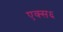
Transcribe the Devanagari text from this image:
एक्स६